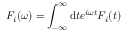
F _ { i } ( \omega ) = \int _ { - \infty } ^ { \infty } \mathrm { d } t e ^ { i \omega t } F _ { i } ( t )